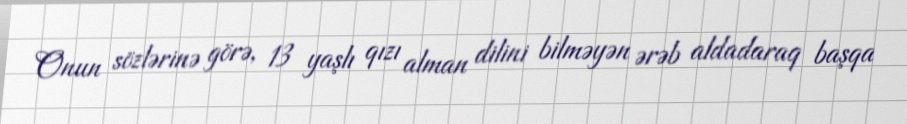
Onun sözlərinə görə, 13 yaşlı qızı alman dilini bilməyən ərəb aldadaraq başqa